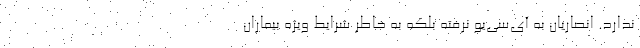
ندارد. انصاریان به آی‌سی‌یو نرفته بلکه به خاطر شرایط ویژه بیماران